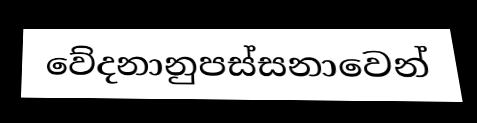
වේදනානුපස්සනාවෙන්